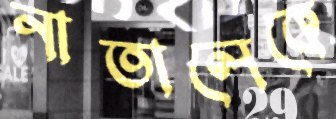
নাতালেকে